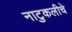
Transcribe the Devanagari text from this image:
नाटुकलीचे